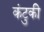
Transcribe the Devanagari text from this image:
कंटुकी